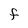
Character: F